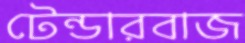
টেন্ডারবাজ